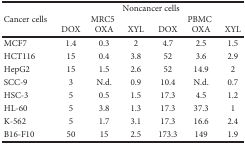
<table><thead><tr><td rowspan="3"><b>Cancer cells</b></td><td colspan="6"><b>Noncancer cells</b></td></tr><tr><td colspan="3"><b>MRC5</b></td><td colspan="3"><b>PBMC</b></td></tr><tr><td><b>DOX</b></td><td><b>OXA</b></td><td><b>XYL</b></td><td><b>DOX</b></td><td><b>OXA</b></td><td><b>XYL</b></td></tr></thead><tbody><tr><td>MCF7</td><td>1.4</td><td>0.3</td><td>2</td><td>4.7</td><td>2.5</td><td>1.5</td></tr><tr><td>HCT116</td><td>15</td><td>0.4</td><td>3.8</td><td>52</td><td>3.6</td><td>2.9</td></tr><tr><td>HepG2</td><td>15</td><td>1.5</td><td>2.6</td><td>52</td><td>14.9</td><td>2</td></tr><tr><td>SCC-9</td><td>3</td><td>N.d.</td><td>0.9</td><td>10.4</td><td>N.d.</td><td>0.7</td></tr><tr><td>HSC-3</td><td>5</td><td>0.5</td><td>1.5</td><td>17.3</td><td>4.5</td><td>1.2</td></tr><tr><td>HL-60</td><td>5</td><td>3.8</td><td>1.3</td><td>17.3</td><td>37.3</td><td>1</td></tr><tr><td>K-562</td><td>5</td><td>1.7</td><td>3.1</td><td>17.3</td><td>16.6</td><td>2.4</td></tr><tr><td>B16-F10</td><td>50</td><td>15</td><td>2.5</td><td>173.3</td><td>149</td><td>1.9</td></tr></tbody></table>